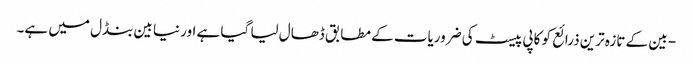
- بین کے تازہ ترین ذرائع کو کاپی پیسٹ کی ضروریات کے مطابق ڈھال لیا گیا ہے اور نیا بین بنڈل میں ہے۔